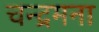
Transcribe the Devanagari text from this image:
चन्द्रमना